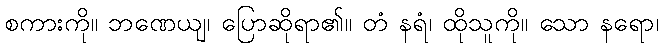
စကားကို။ ဘဏေယျ၊ ပြောဆိုရာ၏။ တံ နရံ၊ ထိုသူကို။ သော နရော၊